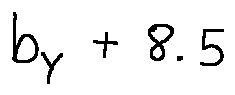
b _ { Y } + 8 . 5